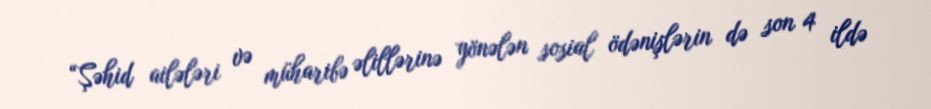
“Şəhid ailələri və müharibə əlillərinə yönələn sosial ödənişlərin də son 4 ildə